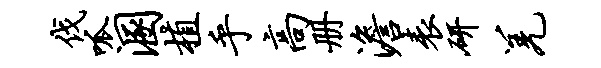
伐呱溷植乎高册澹表研羌